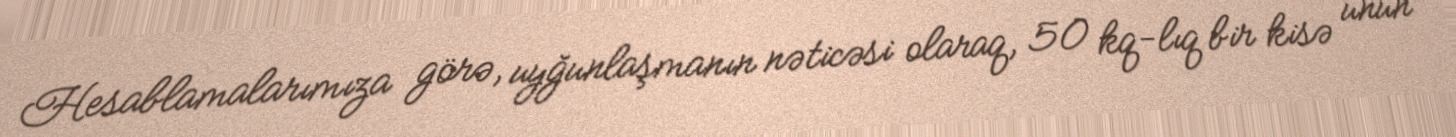
Hesablamalarımıza görə, uyğunlaşmanın nəticəsi olaraq, 50 kq-lıq bir kisə unun